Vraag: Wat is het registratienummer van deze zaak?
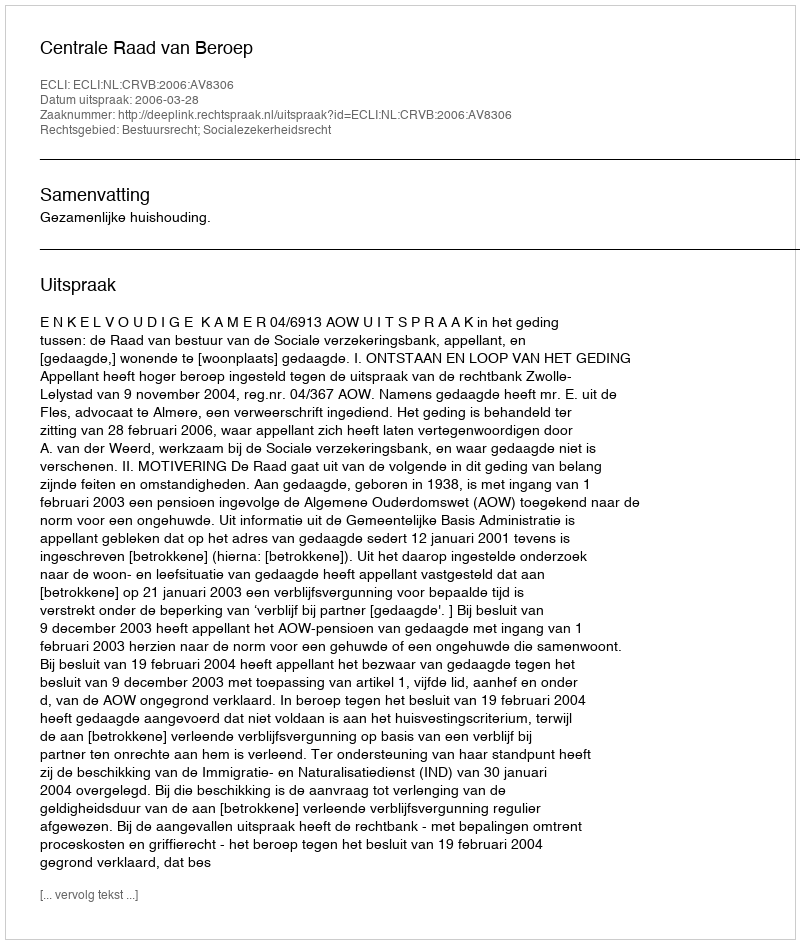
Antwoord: http://deeplink.rechtspraak.nl/uitspraak?id=ECLI:NL:CRVB:2006:AV8306